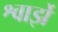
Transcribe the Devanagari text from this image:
श्वार्झे